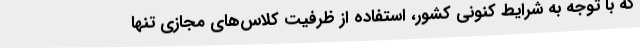
که با توجه به شرایط کنونی کشور، استفاده از ظرفیت کلاس‌های مجازی تنها